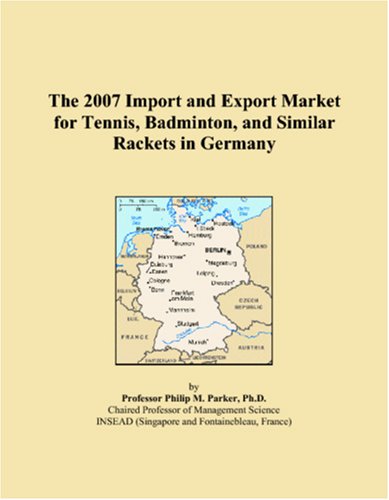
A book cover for The 2007 Import and Export Market for Tennis, Badminton, and Similar Rackets in Germany; Philip M. Parker; Sports & Outdoors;